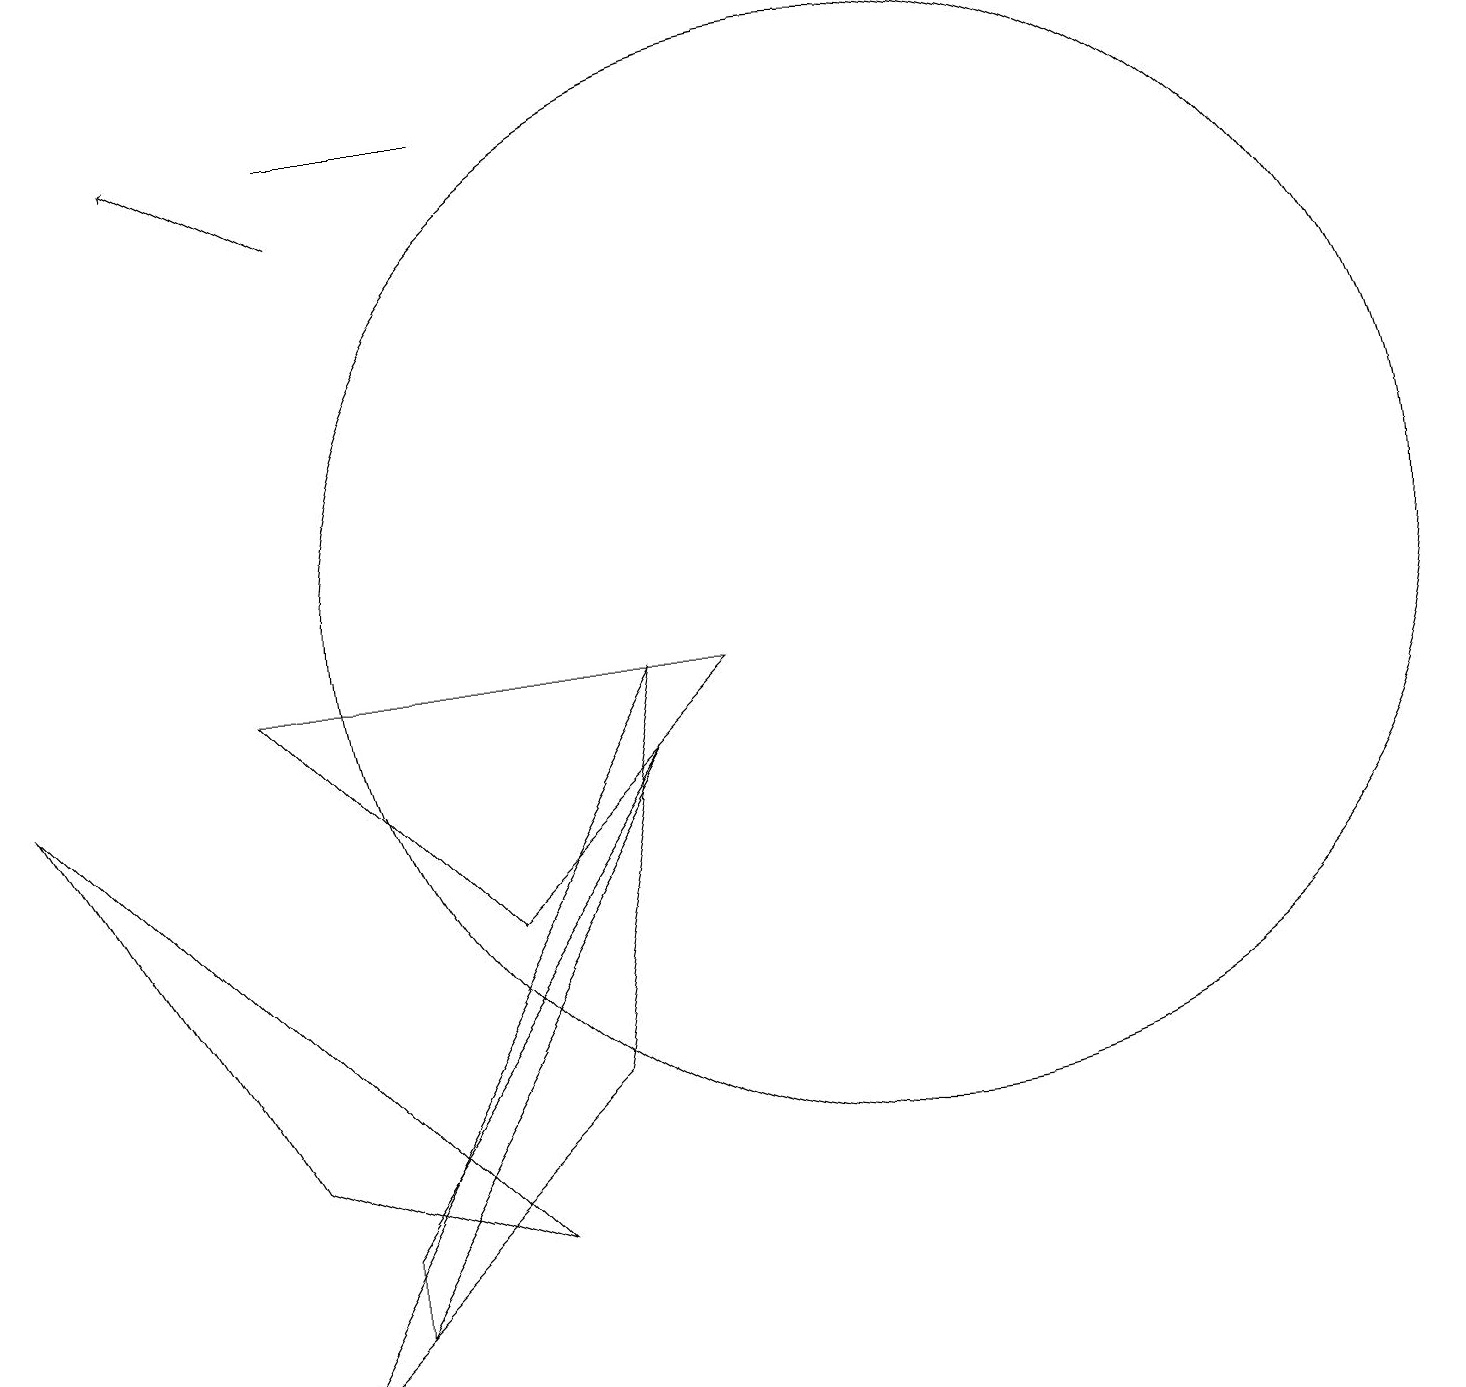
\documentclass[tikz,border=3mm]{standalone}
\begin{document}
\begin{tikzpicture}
\draw (3,3) -- (0,8) -- (6,2) -- cycle;
\draw (8,9) -- (7,4) -- (3,0) -- cycle;
\draw (11,10) circle (7);
\draw (8,8) -- (4,2) -- (4,1) -- cycle;
\draw (9,9) -- (6,6) -- (3,9) -- cycle;
\draw[->] (4,15) -- (2,16);
\draw (4,16) rectangle (6,16);
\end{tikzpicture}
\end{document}